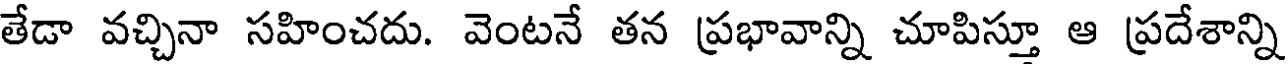
తేడా వచ్చినా సహించదు. వెంటనే తన ప్రభావాన్ని చూపిస్తూ ఆ ప్రదేశాన్ని